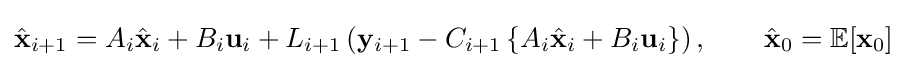
{\hat {\mathbf {x} }}_{i+1}=A_{i}{\hat {\mathbf {x} }}_{i}+B_{i}{\mathbf {u} }_{i}+L_{i+1}\left({\mathbf {y} }_{i+1}-C_{i+1}\left\{A_{i}{\hat {\mathbf {x} }}_{i}+B_{i}\mathbf {u} _{i}\right\}\right),\qquad {\hat {\mathbf {x} }}_{0}=\mathbb {E} [{\mathbf {x} }_{0}]